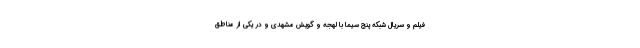
فیلم و سریال شبکه پنج سیما با لهجه و گویش مشهدی و در یکی از مناطق